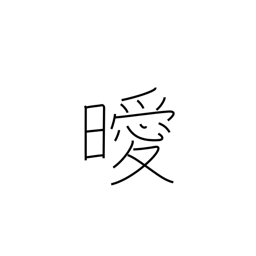
Meaning: not clear